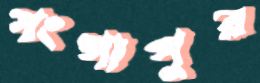
গংগাপুর